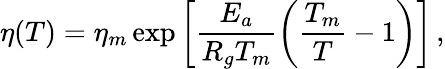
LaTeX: \eta(T)=\eta_{m}\exp\left[\frac{E_{a}}{R_{g}T_{m}}\left(\frac{T_{m}}{T}-1\right)\right]\, ,